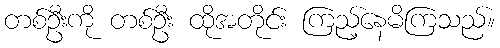
တစ်ဦးကို တစ်ဦး ထိုအတိုင်း ကြည့်နေမိကြသည်။